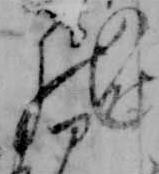
の